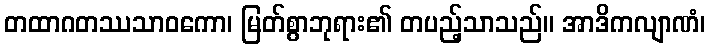
တထာဂတဿသာဝကော၊ မြတ်စွာဘုရား၏ တပည့်သာသည်။ အာဒိကလျာဏံ၊